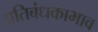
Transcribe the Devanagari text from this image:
प्रतिबंधकाभाव